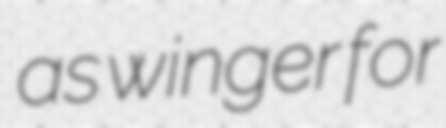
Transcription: as winger for